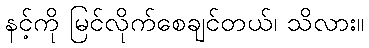
နင့်ကို မြင်လိုက်စေချင်တယ်၊ သိလား။